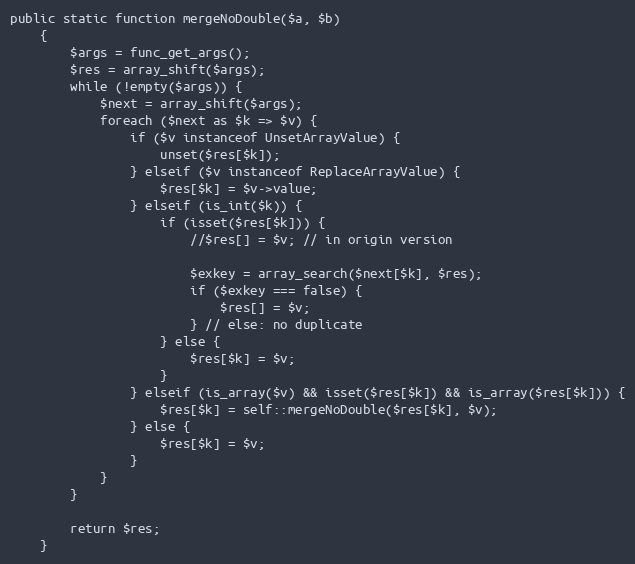
Language: PHP
public static function mergeNoDouble($a, $b)
    {
        $args = func_get_args();
        $res = array_shift($args);
        while (!empty($args)) {
            $next = array_shift($args);
            foreach ($next as $k => $v) {
                if ($v instanceof UnsetArrayValue) {
                    unset($res[$k]);
                } elseif ($v instanceof ReplaceArrayValue) {
                    $res[$k] = $v->value;
                } elseif (is_int($k)) {
                    if (isset($res[$k])) {
                        //$res[] = $v; // in origin version

                        $exkey = array_search($next[$k], $res);
                        if ($exkey === false) {
                            $res[] = $v;
                        } // else: no duplicate
                    } else {
                        $res[$k] = $v;
                    }
                } elseif (is_array($v) && isset($res[$k]) && is_array($res[$k])) {
                    $res[$k] = self::mergeNoDouble($res[$k], $v);
                } else {
                    $res[$k] = $v;
                }
            }
        }

        return $res;
    }